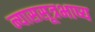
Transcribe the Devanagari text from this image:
न्याससूत्रभाष्य